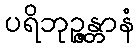
ပရိဘုဉ္ဇန္တာနံ